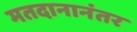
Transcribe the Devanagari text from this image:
मतदानानंतर